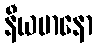
နီယမာနော